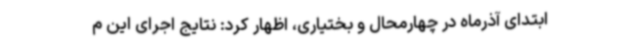
ابتدای آذرماه در چهارمحال و بختیاری، اظهار کرد: نتایج اجرای این م